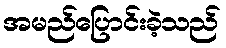
အမည်ပြောင်းခဲ့သည်